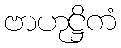
ဗာဟုဋ္ဌိကံ